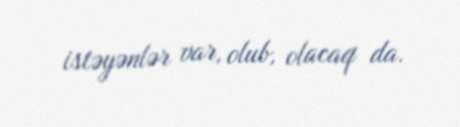
istəyənlər var, olub, olacaq da.